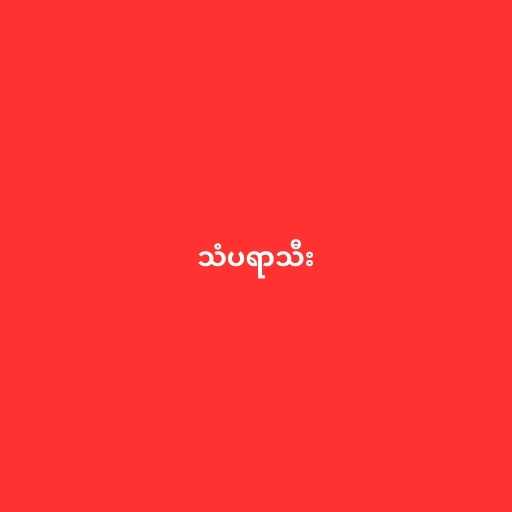
သံပရာသီး